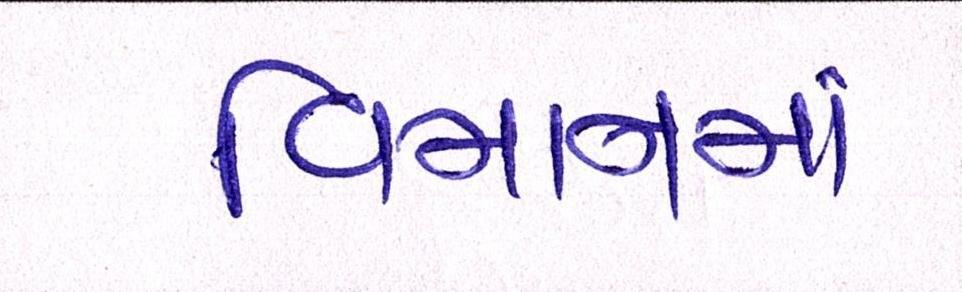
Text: વિમાનમાં